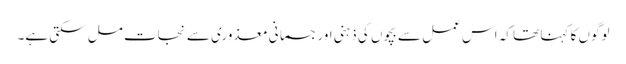
لوگوں کا کہنا تھا کہ اس عمل سے بچوں کی ذہنی اور جسمانی معذوری سے نجات مل سکتی ہے۔